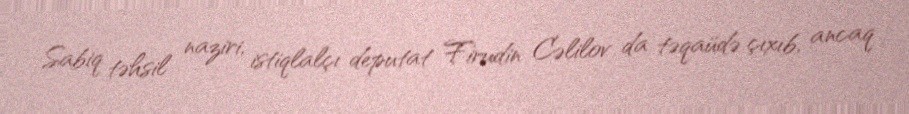
Sabiq təhsil naziri, istiqlalçı deputat Firudin Cəlilov da təqaüdə çıxıb, ancaq